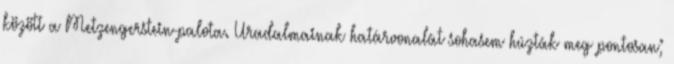
között a Metzengerstein-palota. Uradalmainak határvonalát sohasem húzták meg pontosan;